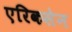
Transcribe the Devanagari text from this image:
एरिकसेन